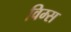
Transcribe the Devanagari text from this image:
विम्स